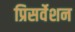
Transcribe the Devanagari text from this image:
प्रिसर्वेशन